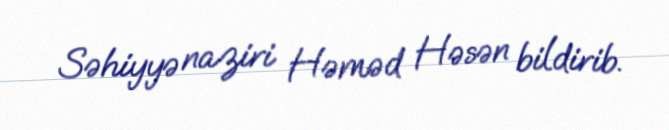
Səhiyyə naziri Həməd Həsən bildirib.